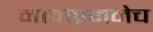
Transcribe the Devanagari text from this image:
नावाप्रमनेच